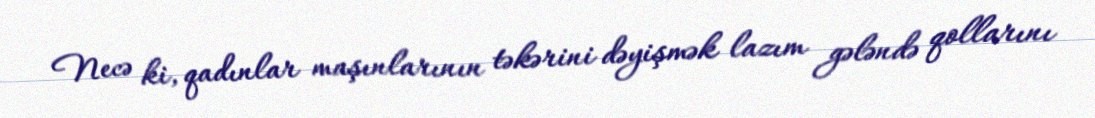
Necə ki, qadınlar maşınlarının təkərini dəyişmək lazım gələndə qollarını